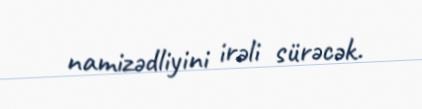
namizədliyini irəli sürəcək.